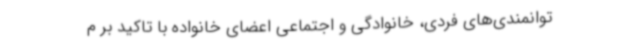
توانمندی‌های فردی، خانوادگی و اجتماعی اعضای خانواده با تاکید بر م